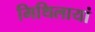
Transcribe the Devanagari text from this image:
मिथिलायां